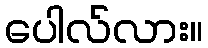
ပေါလ်လား။